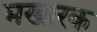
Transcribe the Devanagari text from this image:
मखारक